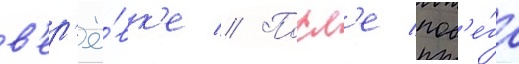
в'ер'ё́вк'е // Посл'е поб'е́га